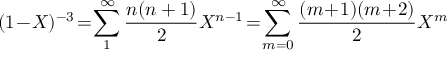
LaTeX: ( 1 \! - \! X ) ^ { - 3 } \! = \! \sum _ { 1 } ^ { \infty } \frac { n ( n + 1 ) } { 2 } X ^ { n - 1 } \! = \! \sum _ { m = 0 } ^ { \infty } \frac { ( m \! + \! 1 ) ( m \! + \! 2 ) } { 2 } X ^ { m }